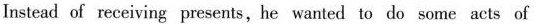
Instead of receiving presents,he wanted to do some acts of